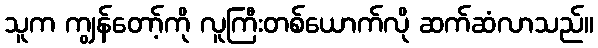
သူက ကျွန်တော့်ကို လူကြီးတစ်ယောက်လို ဆက်ဆံလာသည်။